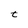
Character: t